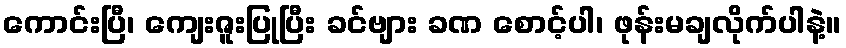
ကောင်းပြီ၊ ကျေးဇူးပြုပြီး ခင်ဗျား ခဏ စောင့်ပါ၊ ဖုန်းမချလိုက်ပါနဲ့။